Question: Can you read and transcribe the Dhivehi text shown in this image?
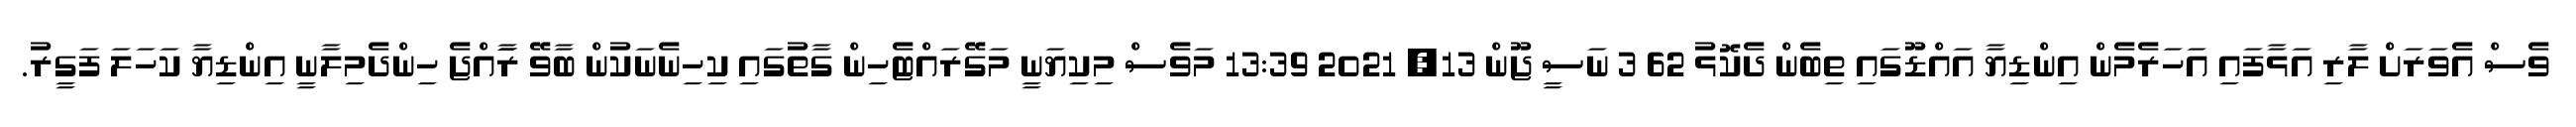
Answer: ވެސް އެވަރަށް ލާރި އަޅާފައި އަހަރެމެން އިންޑިޔާ އައްޑޫގައި ތިބެން ދެކޮޅު 62 3 ނަސީ ޖޫން 13, 2021 13:39 މަވެސް މިކިޔަނީ މަގޭރައްޓެހިން ގާތުގައި ކިހިނެނަކުން ބާވޭ ރަާއްޖެ ހިންދެމިލާނީ އިންޑިޔާ ކަހަލަ ފަގީރު.